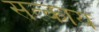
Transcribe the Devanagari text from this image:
सत्काय